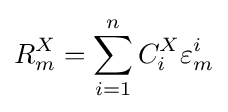
R_{m}^{X}=\sum _{i=1}^{n}C_{i}^{X}\varepsilon _{m}^{i}